Annual report of the Civil Veterinary Department, Bengal, for the year 1897-98 - 1897-1898
Year: 1897
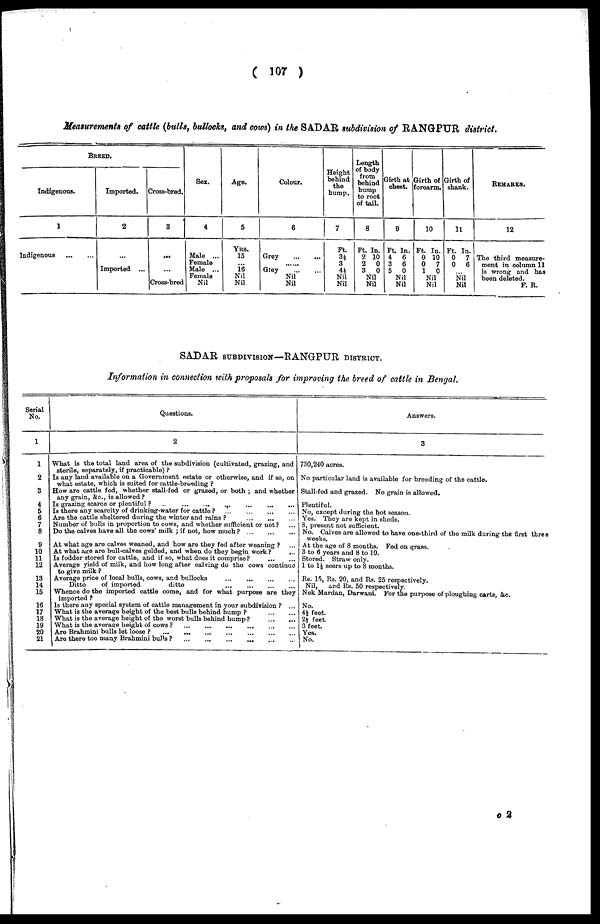
(107)
Measurements of cattle (bulls, bullocks, and cows) in the SADAR subdivision of RANGPUR district.
BREED.
Indigenous.
1
Indigenous
...
...
Imported.
2
...
Imported ...
Cross-bred.
3
...
...
Cross-bred
Sex.
4
Male ...
Female
Male ...
Female
Nil
Age.
5
Yrs.
15
...
16
Nil
Nil
Colour.
6
Grey
...
...
......
Gley
...
...
Nil
Nil
Height
behind
the
hump.
7
Ft.
84
3
4½
Nil
Nil
Length
of body
from
behind
hump
to root
of tail.
8
Ft. In.
2 10
2
0
3
0
Nil
Nil
Girth at
chest.
9
Ft. In.
4
6
3
6
5
0
Nil
Nil
Girth of
forearm.
10
Ft. In.
0 10
0
7
1
0
Nil
Nil
Girth of
shank.
11
Ft. In.
0
7
0
6
... Nil
Nil
REMARKS.
12
The third measure-
ment in column 11
is wrong and has
been deleted.
F. R.
SADAR subdivision—RANGPUR district.
Information in connection with proposals for improving the breed of cattle in Bengal.
Serial
No.
1
1
2
3
4
5
6
7
8
9
10
11
12
13
14
15
16
17
18
19
20
21
Questions.
2
What is the total land area of the subdivision (cultivated, grazing, and
sterile, separately, if practicable)?
Is any land available on a Government estate or otherwise, and if so, on
what estate, which is suited for cattle-breeding?
How are cattle fed, whether stall-fed or grazed, or both; and whether
any grain, &c., is allowed?
Is grazing scarce or plentiful?
...
...
...
...
...
...
Is there any scarcity of drinking-water for cattle?
...
...
...
...
Axe the cattle sheltered during the winter and rains?
...
...
...
Number of bulls in proportion to cows, and whether sufficient or not? ...
Do the calves have all the cows' milk; if not, how much?
...
...
...
At what age are calves weaned, and how are they fed after weaning? ...
At what age are bull-calves gelded, and when do they begin work?
...
Is fodder stored for cattle, and if so, what does it comprise?
...
...
Average yield of milk, and how long after calving do the cows continue
to give milk?
Average price of local bulls, cows, and bullocks
...
...
...
...
Ditto
of imported
ditto
...
...
...
...
Whence do the imported cattle come, and for what purpose are they
imported?
Is there any special system of cattle management in your subdivision? ...
What is the average height of the best bulls behind hump?
...
...
What is the average height of the worst bulls behind hump?
...
...
What is the average height of cows?
...
...
...
...
...
...
...
Are Brahmini bulls let loose?
...
...
...
...
...
...
...
Are there too many Brahmini bulls?
...
...
...
...
...
...
Answers.
3
730,240 acres.
No particular land is available for breeding of the cattle.
Stall-fed and grazed. No grain is allowed.
Plentiful.
No, except during the hot season.
Yes. They are kept in sheds.
8, present not sufficient.
No. Calves are allowed to have one-third of the milk during the first three
weeks.
At the age of 8 months. Fed on grass.
3 to 6 years and 8 to 10.
Stored. Straw only.
1 to 1½ seers up to 8 months.
Rs. 15, Rs. 20, and Rs. 25 respectively.
Nil,
and Rs. 50 respectively.
Nek Mardan, Darwani. For the purpose of ploughing carts, &c.
No.
4½ feet.
2½ feet.
3 feet.
Yes,
No.
o 2